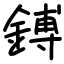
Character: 鎛